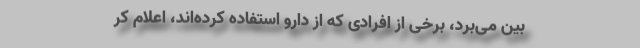
بین می‌‌برد، برخی از افرادی که از دارو استفاده کرده‌اند، اعلام کر